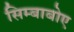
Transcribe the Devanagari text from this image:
सिम्बाबोए